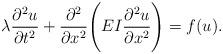
LaTeX: \begin{align*}\lambda \frac{\partial^2u}{\partial t^2}+\frac{\partial^2}{\partial x^2}\Biggl (EI\frac{\partial^2u}{\partial x^2}\Biggr )=f(u).\end{align*}